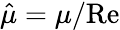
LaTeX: \hat{\mu}=\mu/\mathrm{Re}